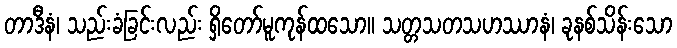
တာဒီနံ၊ သည်းခံခြင်းလည်း ရှိတော်မူကုန်ထသော။ သတ္တသတသဟဿာနံ၊ ခုနစ်သိန်းသော